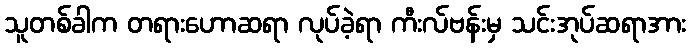
သူတစ်ခါက တရားဟောဆရာ လုပ်ခဲ့ရာ ကီးလ်ဗန်းမှ သင်းအုပ်ဆရာအား